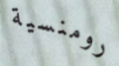
رومنسية